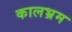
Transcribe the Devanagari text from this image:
कालभ्रम